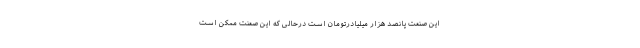
این صنعت پانصد هزار میلیادرتومان است درحالی که این صعنت ممکن است